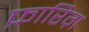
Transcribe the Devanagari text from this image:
फ़ारिग़